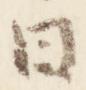
日